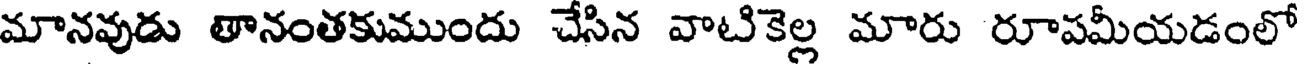
మానవుడు తానంతకుముందు చేసిన వాటికెల్ల మారు రూపమీయడంలో